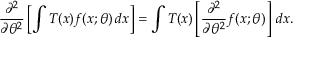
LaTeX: { \frac { \partial ^ { 2 } } { \partial \theta ^ { 2 } } } \left[ \int T ( x ) f ( x ; \theta ) \, d x \right] = \int T ( x ) \left[ { \frac { \partial ^ { 2 } } { \partial \theta ^ { 2 } } } f ( x ; \theta ) \right] \, d x .